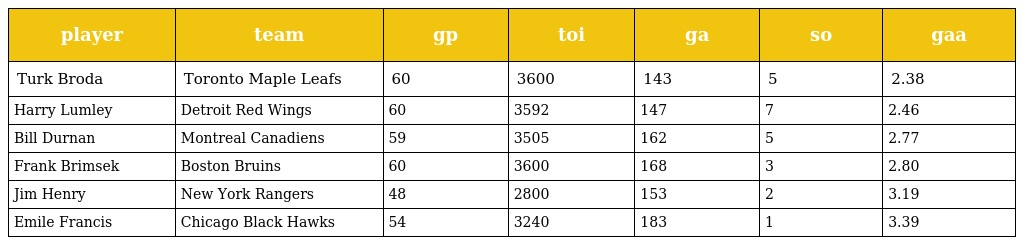
| player | team | gp | toi | ga | so | gaa |
 | --- | --- | --- | --- | --- | --- | --- |
 | Turk Broda | Toronto Maple Leafs | 60 | 3600 | 143 | 5 | 2.38 |
 | Harry Lumley | Detroit Red Wings | 60 | 3592 | 147 | 7 | 2.46 |
 | Bill Durnan | Montreal Canadiens | 59 | 3505 | 162 | 5 | 2.77 |
 | Frank Brimsek | Boston Bruins | 60 | 3600 | 168 | 3 | 2.80 |
 | Jim Henry | New York Rangers | 48 | 2800 | 153 | 2 | 3.19 |
 | Emile Francis | Chicago Black Hawks | 54 | 3240 | 183 | 1 | 3.39 |